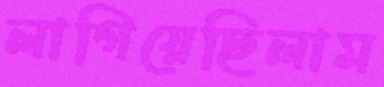
লাগিয়েছিলাম